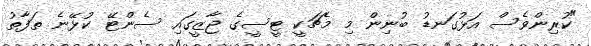
"ކުރިންވެސް އަޅުގަނޑު ބުނިން މި މެޗަކީ ޓީސީގެ ޖާޒީގައި ސެންޓޭ ކުޅޭނެ ތަފާތު